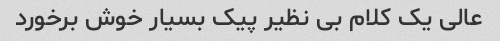
عالی یک کلام بی نظیر پیک بسیار خوش برخورد